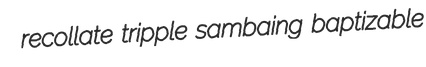
recollate tripple sambaing baptizable